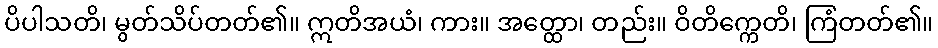
ပိပါသတိ၊ မွတ်သိပ်တတ်၏။ ဣတိအယံ၊ ကား။ အတ္ထော၊ တည်း။ ဝိတိက္ကေတိ၊ ကြံတတ်၏။